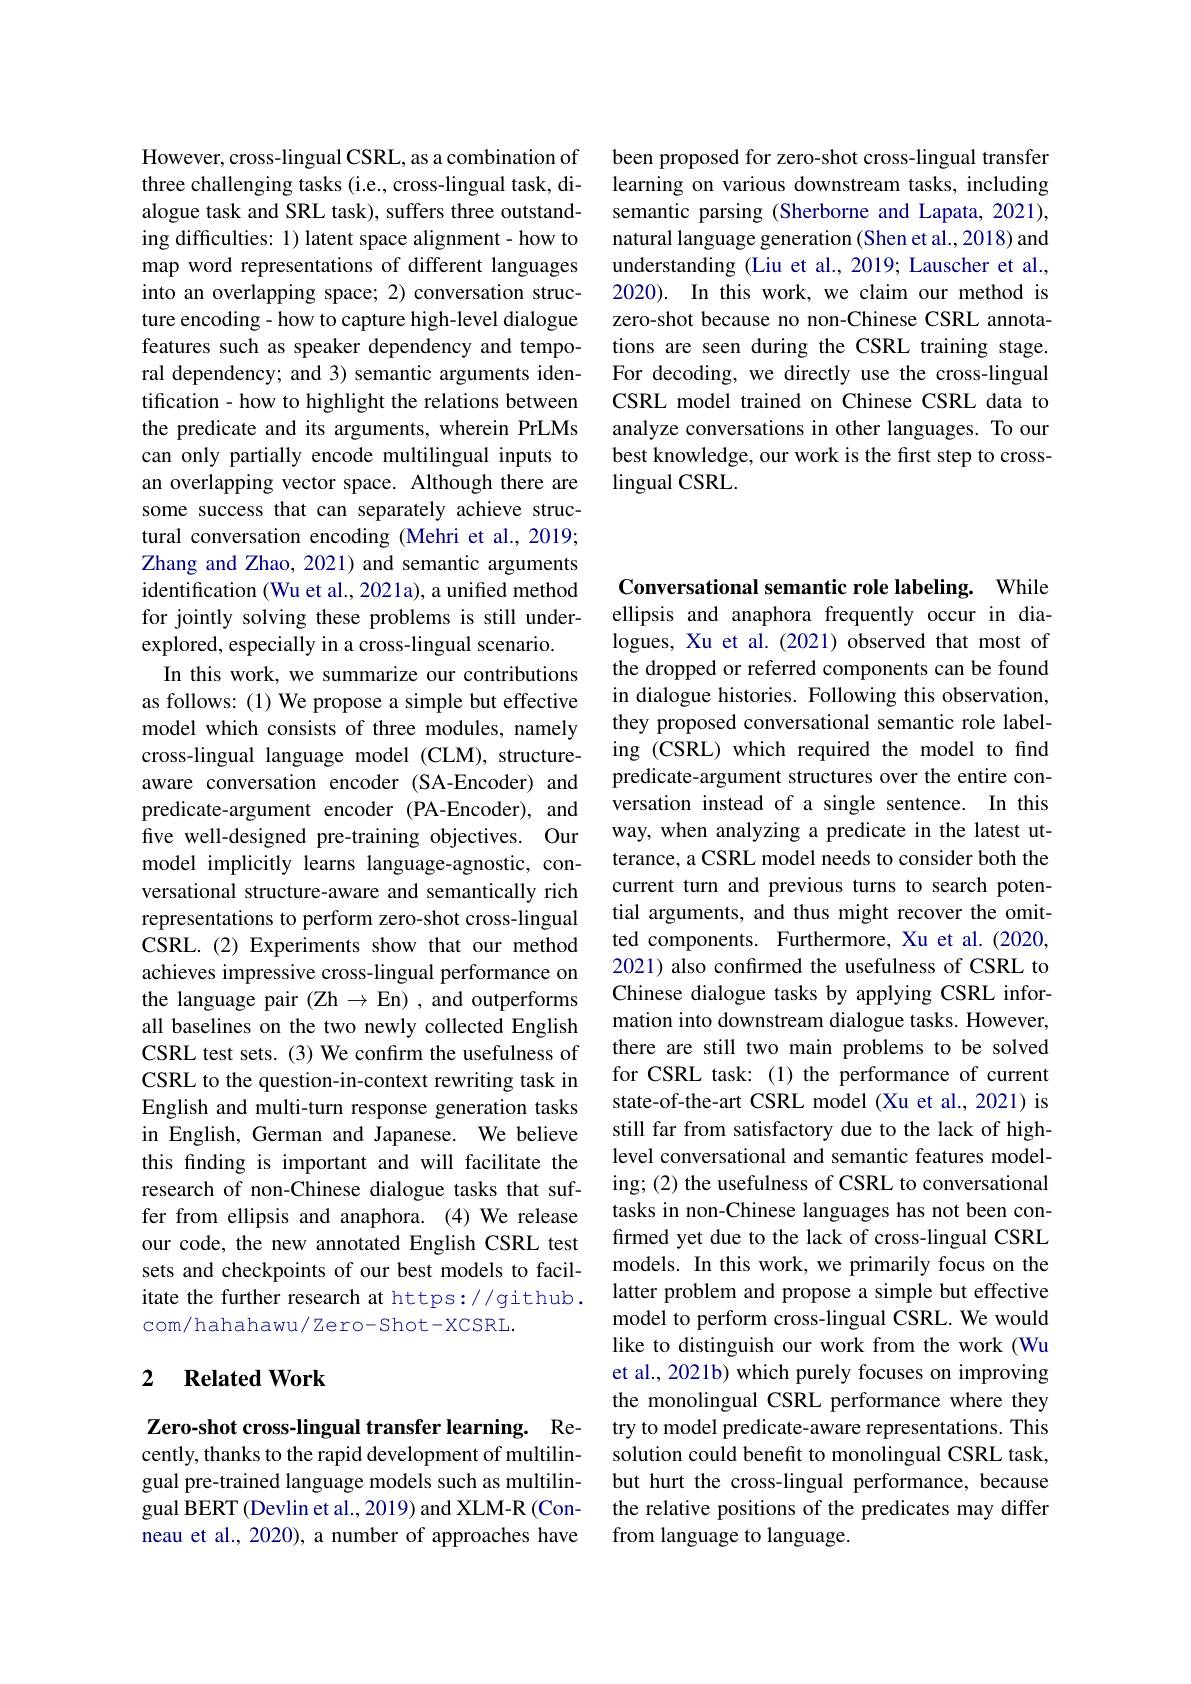
been proposed for zero-shot cross-lingual transfer learning on various downstream tasks, including semantic parsing (Sherborne and Lapata, 2021), natural language generation (Shen et al.,2018) and understanding (Liu et al., 2019; Lauscher et al., 2020). In this work, we claim our method is zero-shot because no non-Chinese CSRL annotations are seen during the CSRL training stage. For decoding, we directly use the cross-lingual CSRL model trained on Chinese CSRL data to analyze conversations in other languages. To our best knowledge, our work is the first step to crosslingual CSRL.

However, cross-lingual CSRL, as a combination of three challenging tasks (i.e., cross-lingual task, dialogue task and SRL task), suffers three outstanding difficulties: 1) latent space alignment- how to map word representations of different languages into an overlapping space; 2) conversation structure encoding - how to capture high-level dialogue features such as speaker dependency and temporal dependency; and 3) semantic arguments identification - how to highlight the relations between the predicate and its arguments, wherein PrLMs can only partially encode multilingual inputs to an overlapping vector space. Although there are some success that can separately achieve structural conversation encoding (Mehri et al.,2019; Zhang and Zhao, 2021) and semantic arguments identification (Wu et al., 2021a), a unified method for jointly solving these problems is still underexplored, especially in a cross-lingual scenario.
In this work, we summarize our contributions as follows: (1) We propose a simple but effective model which consists of three modules, namely cross-lingual language model (CLM), structureaware conversation encoder (SA-Encoder) and predicate-argument encoder (PA-Encoder), and five well-designed pre-training objectives. Our model implicitly learns language-agnostic, conversational structure-aware and semantically rich representations to perform zero-shot cross-lingual CSRL.(2) Experiments show that our method achieves impressive cross-lingual performance on the language pair (Zh $\to$En) , and outperforms all baselines on the two newly collected English CSRL test sets. (3) We confirm the usefulness of CSRL to the question-in-context rewriting task in English and multi-turn response generation tasks in English, German and Japanese. We believe this finding is important and will facilitate the research of non-Chinese dialogue tasks that suffer from ellipsis and anaphora. (4) We release our code, the new annotated English CSRL test sets and checkpoints of our best models to facilitate the further research at https://github. com/hahahawu/Zero-Shot-XCSRL.

## 2 $\textbf{Related Work}$

Zero-shot cross-lingual transfer learning. Recently, thanks to the rapid development of multilingual pre-trained language models such as multilingual BERT (Devlin et al., 2019) and XLM-R (Conneau et al., 2020), a number of approaches have

Conversational semantic role labeling. While ellipsis and anaphora frequently occur in dialogues, Xu et al.(2021) observed that most of the dropped or referred components can be found in dialogue histories. Following this observation, they proposed conversational semantic role labeling (CSRL) which required the model to find predicate-argument structures over the entire conversation instead of a single sentence. In this way, when analyzing a predicate in the latest utterance, a CSRL model needs to consider both the current turn and previous turns to search potential arguments, and thus might recover the omitted components. Furthermore, Xu et al.(2020, 2021) also confirmed the usefulness of CSRL to Chinese dialogue tasks by applying CSRL information into downstream dialogue tasks. However, there are still two main problems to be solved for CSRL task: (1) the performance of current state-of-the-art CSRL model (Xu et al., 2021) is still far from satisfactory due to the lack of highlevel conversational and semantic features modeling; (2) the usefulness of CSRL to conversational tasks in non-Chinese languages has not been confirmed yet due to the lack of cross-lingual CSRL models. In this work, we primarily focus on the latter problem and propose a simple but effective model to perform cross-lingual CSRL. We would like to distinguish our work from the work (Wu et al., 2021b) which purely focuses on improving the monolingual CSRL performance where they try to model predicate-aware representations. This solution could benefit to monolingual CSRL task, but hurt the cross-lingual performance, because the relative positions of the predicates may differ from language to language.